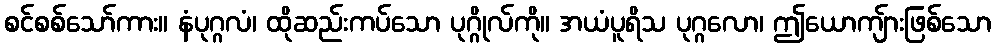
စင်စစ်သော်ကား။ နံပုဂ္ဂလံ၊ ထိုဆည်းကပ်သော ပုဂ္ဂိုလ်ကို။ အယံပူရိသ ပုဂ္ဂလော၊ ဤယောကျ်ားဖြစ်သော